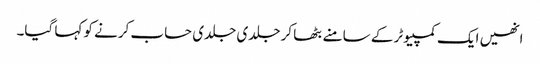
انھیں ایک کمپیوٹر کے سامنے بٹھا کر جلدی جلدی حساب کرنے کو کہا گیا۔